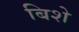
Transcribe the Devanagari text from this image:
बिशे